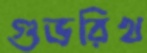
গুডরিখ